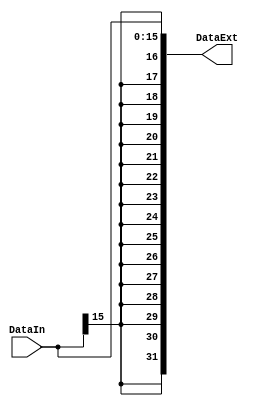
module SignExt (DataIn, DataExt);
  input  [15:0] DataIn;
  output wire [31:0] DataExt;

	assign DataExt = {{16{DataIn[15]}}, DataIn};

endmodule